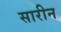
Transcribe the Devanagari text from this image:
सारीन